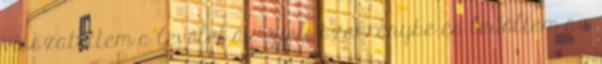
visszatettem a levelet az éjjeli szekrénybe és ledőltem az